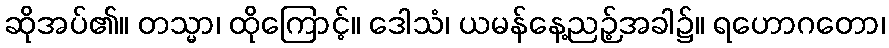
ဆိုအပ်၏။ တသ္မာ၊ ထိုကြောင့်။ ဒေါသံ၊ ယမန်နေ့ညဉ့်အခါ၌။ ရဟောဂတော၊